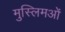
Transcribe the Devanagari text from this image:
मुस्लिमओं